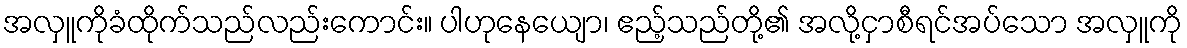
အလှူကိုခံထိုက်သည်လည်းကောင်း။ ပါဟုနေယျော၊ ဧည့်သည်တို့၏ အလို့ငှာစီရင်အပ်သော အလှူကို